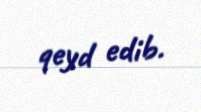
qeyd edib.